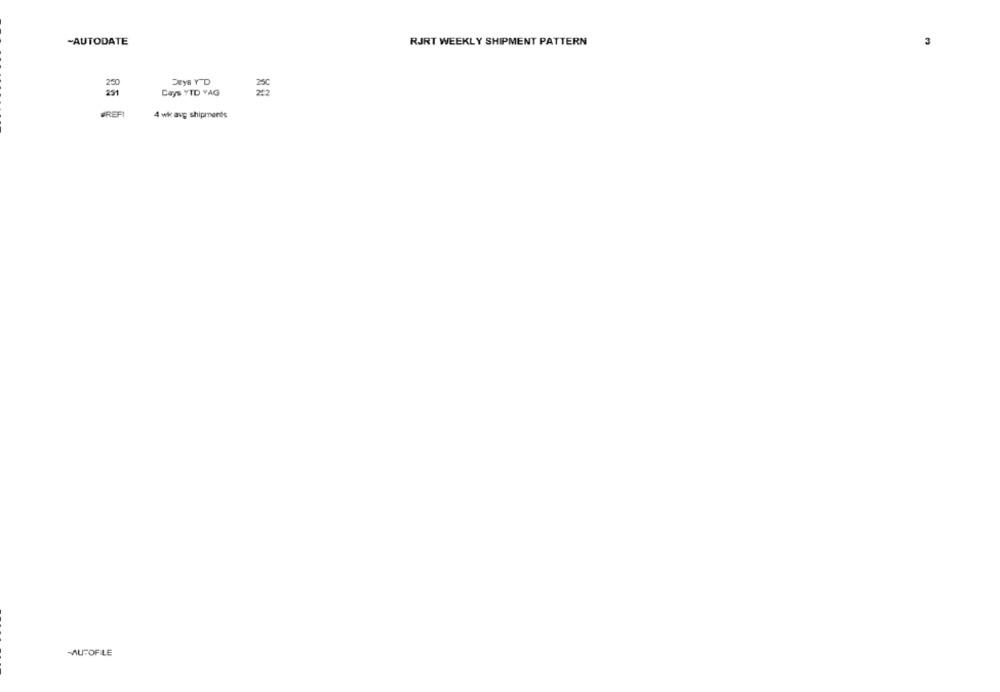
-AUTODATE
RJRT WEEKLY SHIPMENT PATTERN
DeyS Y D
Gays YTD YAG
WREFI
4 wk avg shipments
MUFOFLE